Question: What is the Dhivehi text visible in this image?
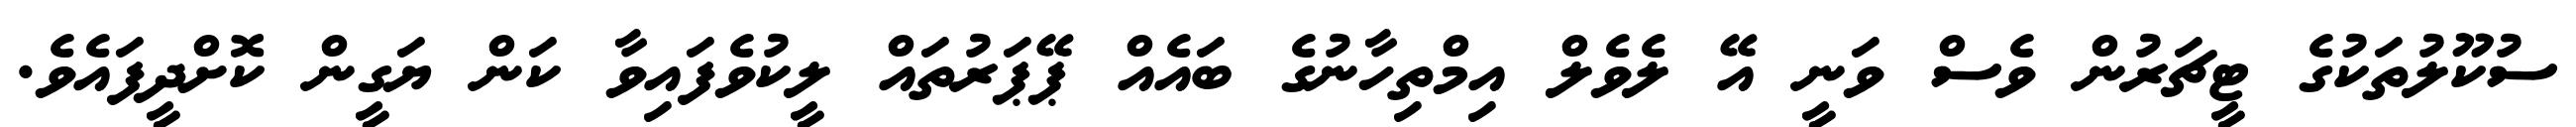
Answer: ސުކޫލުތަކުގެ ޓީޗަރުން ވެސް ވަނީ އޭ ލެވެލް އިމްތިހާނުގެ ބައެއް ޕޭޕަރުތައް ލީކުވެފައިވާ ކަން ޔަގީން ކޮށްދީފައެވެ.